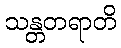
သန္တတရာတိ